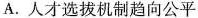
A.人才选拔机制趋向公平